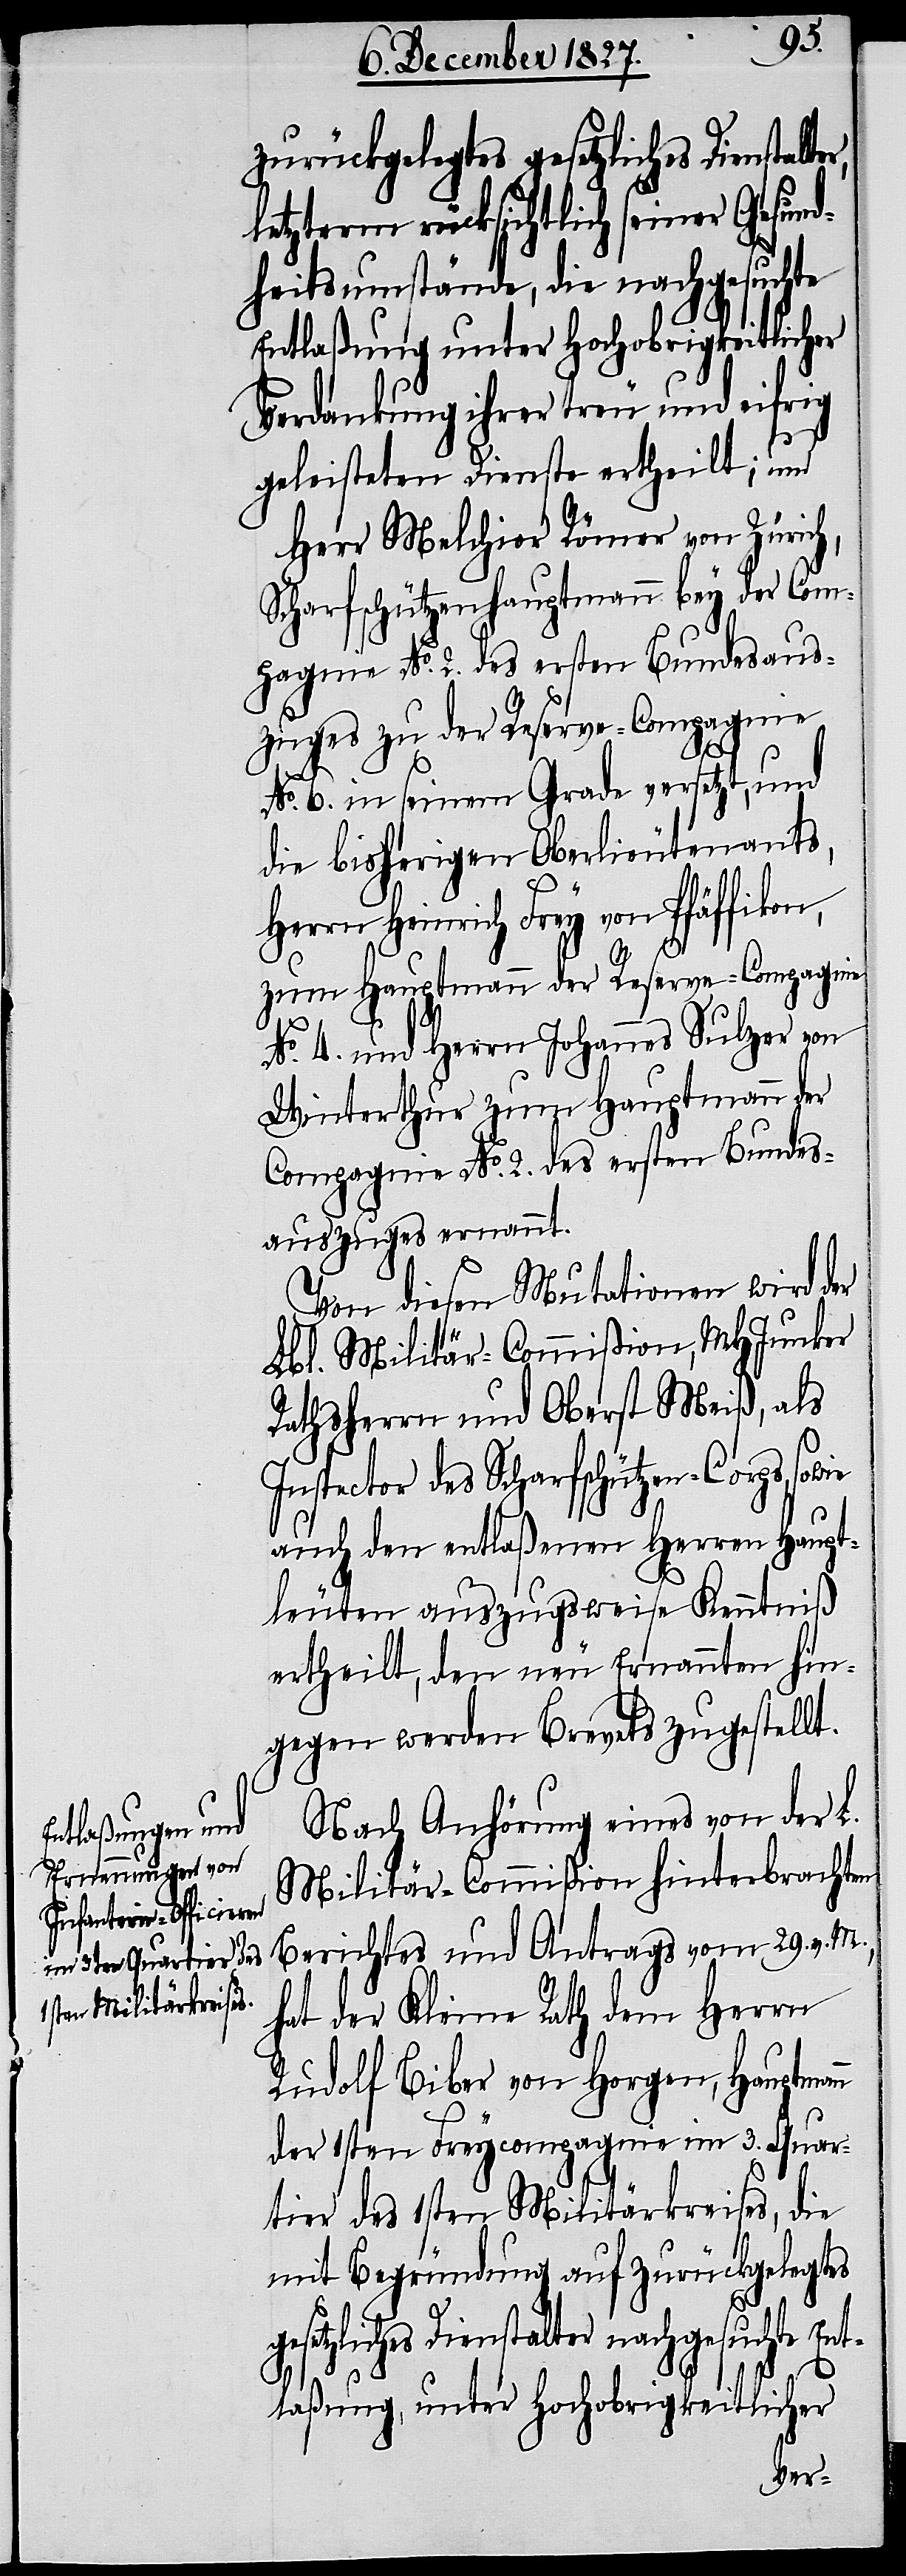
er,
zurückgelegtes gesetzliches Dienstalt¬
letzterm rücksichtlich seiner Gesund¬
heitsumstände, die nachgesuchte
Entlaßung unter Hochobrigkeitlicher
Verdankung ihrer treu und eifrig
geleisteten Dienste ertheilt; und
Herr Melchior Römer von Zürich,
Scharfschützenhauptmann bey der Com¬
pagnie No. 2. des ersten Bundesaus¬
zuges zu der Reserve-Compagnie
No. 6. in seinem Grade versetzt, und
die bisherigen Oberlieutenants,
Herrn Heinrich Frey von Pfäffikon,
zum Hauptmann der Reserve-Compagnie
No. 4. und Herrn Johannes Sulzer von
Winterthur zum Hauptmann der
Compagnie No. 2. des ersten Bundes¬
auszuges ernannt.
Von diesen Mutationen wird der
Lbl. Militär-Commißion, MHJunker
Rathsherrn und Oberst Meiß, als
Inspector des Scharfschützen-Corps,
auch den entlaßenen Herren Haupt¬
leuten auszugsweise Kenntniß
ertheilt, den neu Ernannten hin¬
gegen werden Brevets zugestellt.
Nach Anhörung eines von der L.
Militär-Commißion hinterbrachten
Berichtes und Antrags vom 29. v. M.,
hat der Kleine Rath dem Herrn
Rudolf Biber von Horgen, Hauptmann
der 1sten Freycompagnie im 3. Quar¬
tier des 1sten Militärkreises, die
mit Begründung auf zurückgelegtes
gesetzliches Dienstalter nachgesuchte Ent¬
laßung, unter Hochobrigkeitlicher